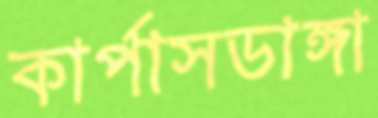
কার্পাসডাঙ্গা